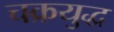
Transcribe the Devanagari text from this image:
चक्रयुद्ध